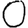
Digit: 0